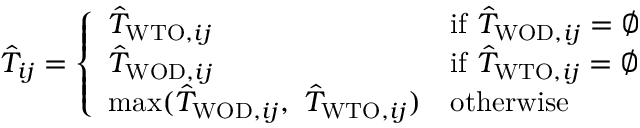
\begin{array} { r } { \hat { T } _ { i j } = \left\{ \begin{array} { l l } { \hat { T } _ { \mathrm { W T O } , i j } } & { \mathrm { i f } \ \hat { T } _ { \mathrm { W O D } , i j } = \emptyset } \\ { \hat { T } _ { \mathrm { W O D } , i j } } & { \mathrm { i f } \ \hat { T } _ { \mathrm { W T O } , i j } = \emptyset } \\ { \operatorname* { m a x } ( \hat { T } _ { \mathrm { W O D } , i j } , \ \hat { T } _ { \mathrm { W T O } , i j } ) } & { \mathrm { o t h e r w i s e } } \end{array} \right. } \end{array}